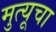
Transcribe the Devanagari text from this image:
मुत्यूचा